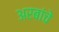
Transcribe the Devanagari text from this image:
अरबांचे